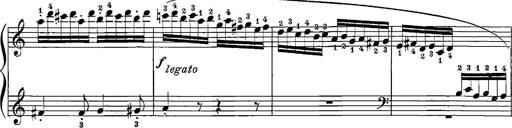
Title: 12 Sonatinas
Composer: Ignaz Pleyel